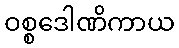
ဝစ္စဒေါဏိကာယ